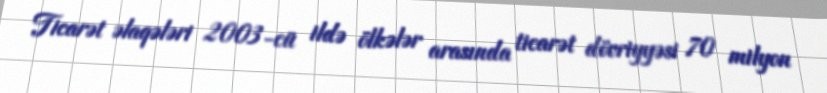
Ticarət əlaqələri 2003-cü ildə ölkələr arasında ticarət dövriyyəsi 70 milyon